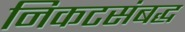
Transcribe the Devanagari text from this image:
निकटसंबद्ध